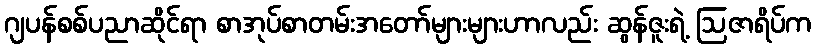
ဂျပန်စစ်ပညာဆိုင်ရာ စာအုပ်စာတမ်းအတော်များများဟာလည်း ဆွန်ဇူးရဲ့ ဩဇာရိပ်က